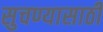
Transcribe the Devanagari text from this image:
सुचण्यासाठी